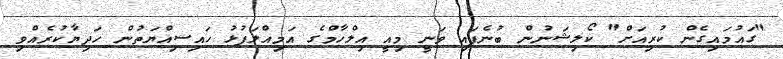
"ގައުމައިގެން ކުރިއަށް" ކޯލިޝަނުން ބުނެފައި ވަނީ މިއީ އިލްހާމްގެ އަމިއްލަފުޅު ހައިސިއްޔަތުން ހަދިޔާކުރެއްވި